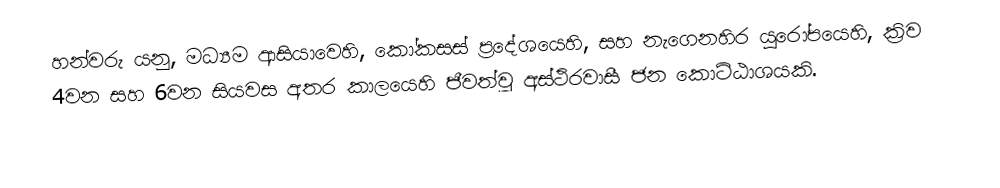
හන්වරු යනු,  මධ්‍යම ආසියාවෙහි, කෝකසස් ප්‍රදේශයෙහි, සහ  නැගෙනහිර යුරෝපයෙහි, ක්‍රිව 4වන සහ 6වන සියවස අතර කාලයෙහි ජීවත්වූ අස්ථිරවාසී ජන කොට්ඨාශයකි.